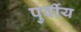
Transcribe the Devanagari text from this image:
पुर्वीय